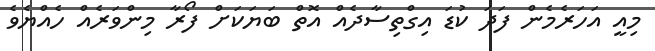
މިއީ އަހަރެމެން ފަދަ ކުޑަ އިގްތިސާދެއް އޮތް ބަޔަކަށް ފޯރާ މިންވަރެއް ހެއްޔެވެ